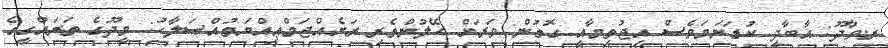
ރ.ވާދޫ: އާބާދީ ކުޑަނަމަވެސް އިޖުތިމާއީ ގޮތުން ވަރަށް ހޭލުންތެރި ރަށެއްޖަމްޢިއްޔަތުއްޞަލާހު: މީދޫގެ ތަރައްގީގެ